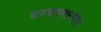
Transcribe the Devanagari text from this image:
दरवाजानंतर